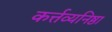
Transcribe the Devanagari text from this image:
कर्त्तव्यनिष्ठा